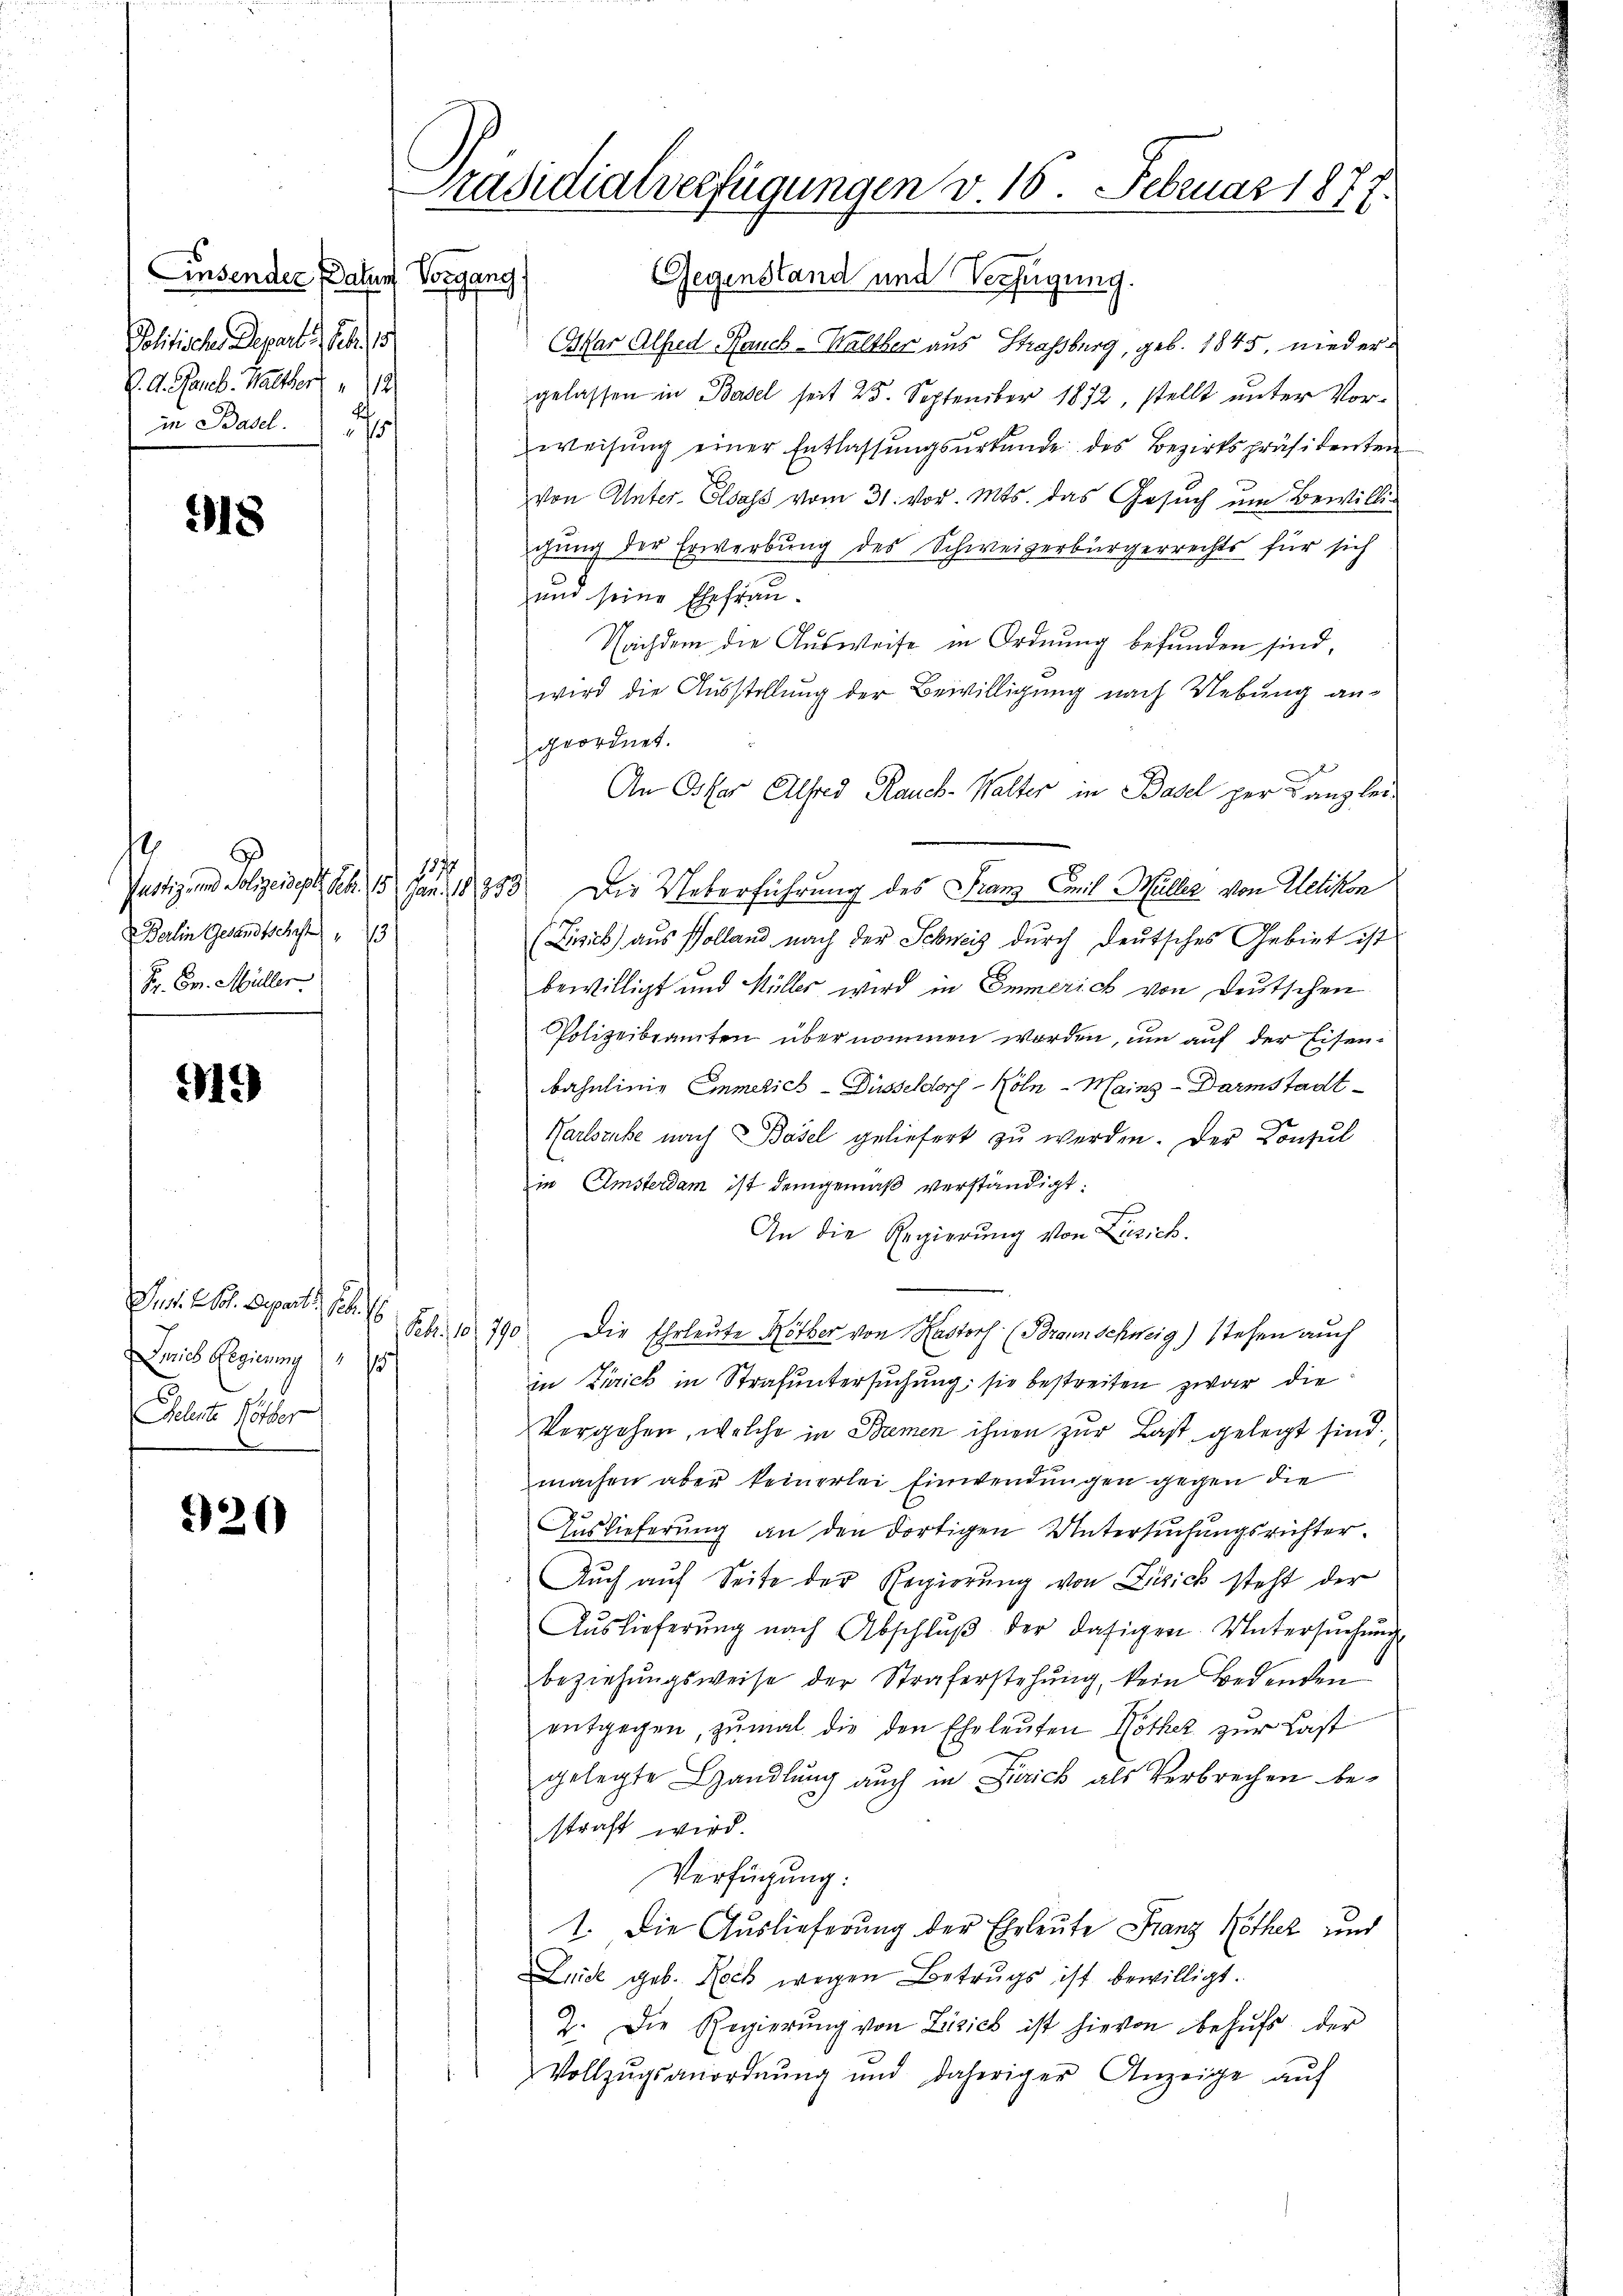
Einsender Datum Vorgang.
Politische Depart., S. 15
V. A. Barck. Walther 12
in Basel.

18

¬
¬
Berlin Gesandtschaft
Fr. Dr. Müller.

19

Jur. Dr. Depart. 126.
Lois Regierung)
Pelerte Gotter

326

Präsidialverfügungen v. 16. Februar 1877.

Gegenstand und Verfügung.
Oskar Alfred Rauch Walther aus Strassburg, geb. 1845, niedergelassen in Basel seit 25. September 1872, stellt unter Vorweisŭng einer Entlassŭngsurkunde des Bezirkspräsidenten
von Unter- Elsass vom 31. vor. Mts. das Gesuch um Bewillig
gung der Erwerbung des Schweizerbürgerrechts für sich
und seine Ehefrau¬
Nachdem die Ausweise in Ordnung befunden sind,
wird die Ausstellung der Bewilligung nach Uebung angeordnet.
An Oster Alfred Rauck- Walter in Basel per Canzlei
Justiz und Polizeident Sch. 15. Jan. 18353) Die Ueberführung des Franz Comit Hüller von Uetikon
f
(Lizick) aus Polland nach der Schweis durch deutsches Gebiet ist
bewilligt und Müller wird in Emmerich von Deutschen
Polizeibeamten übernommen worden, um auf der Eisenbahnlinie Emmerich - Düsseldorf - Köln - Mainz-Darmstadt-
Karlsruhe nach Basel geliefert zŭ werden. Der Consul
in Umsterdam ist demgemäß verständigt:
An die Regierung von Zürich.
Febr. 10. 790 Die Ehrleute Köther von Kastorf (Braunschweig) stehen auch
in Zürich in Strafuntersuchung sie bestreiten zwar die
Vergehen, welche in Bremen ihnen zur Last gelegt sind,
machen aber keinerlei Einwendungen gegen die
Auslieferung an den dortigen Untersuchungsrichter.
Auch auf Seite der Regierung von Zürich steht der
Aŭslieferŭng nach Abschlŭβ der dasigen Untersŭchŭng
beziehŭngsweise der Straferstehung, kein Bedenden
entgegen, zumal die den Eheleuten Nother zur Last
gelegte Handlŭng auch in Zürich als Verbrechen be-
straft wird.
Versuchung:
1. Die Auslieferung der Eheleute Franz Kothek und
Luide geb. Noch wegen Betrugs ist bewilligt.
2. Die Regierŭng von Lizick ist hievon behŭfs der
Vollzŭgsanordnŭng und daheriger Anzeige aŭf

171